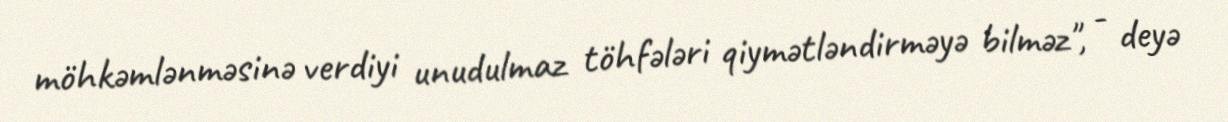
möhkəmlənməsinə verdiyi unudulmaz töhfələri qiymətləndirməyə bilməz", - deyə